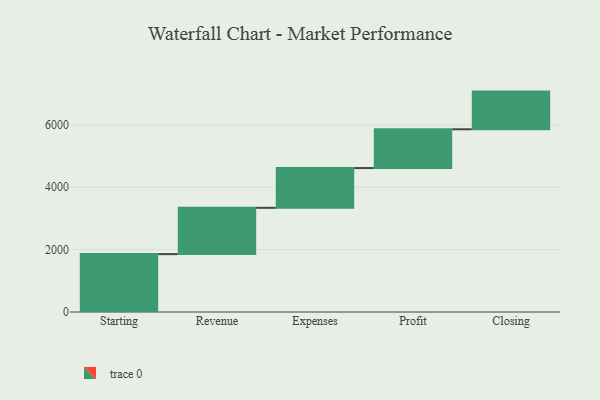
{"axis": {"x": "Step", "y": "Value"}, "legend": [""], "data": [{"x": "Starting", "y": 1856.0, "type": ""}, {"x": "Revenue", "y": 1485.0, "type": ""}, {"x": "Expenses", "y": 1275.0, "type": ""}, {"x": "Profit", "y": 1244.0, "type": ""}, {"x": "Closing", "y": 1208.0, "type": ""}]}